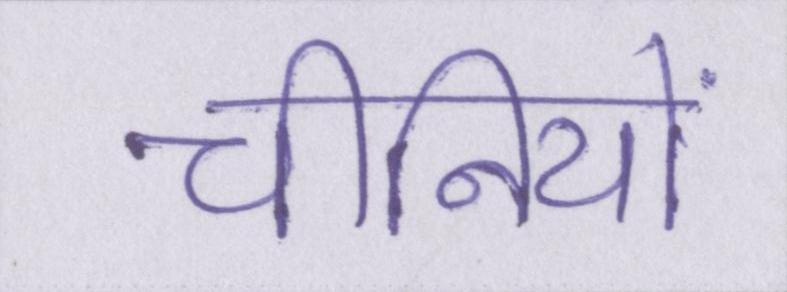
चीनियों